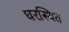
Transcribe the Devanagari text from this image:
घरस्थित